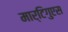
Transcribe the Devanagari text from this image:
मार्टिगुएस